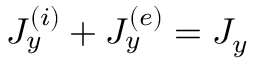
J _ { y } ^ { ( i ) } + J _ { y } ^ { ( e ) } = J _ { y }